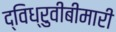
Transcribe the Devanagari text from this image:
द्विध्रुवीबीमारी